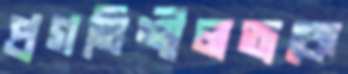
প্রগতিশীলতাকে